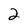
Character: 2